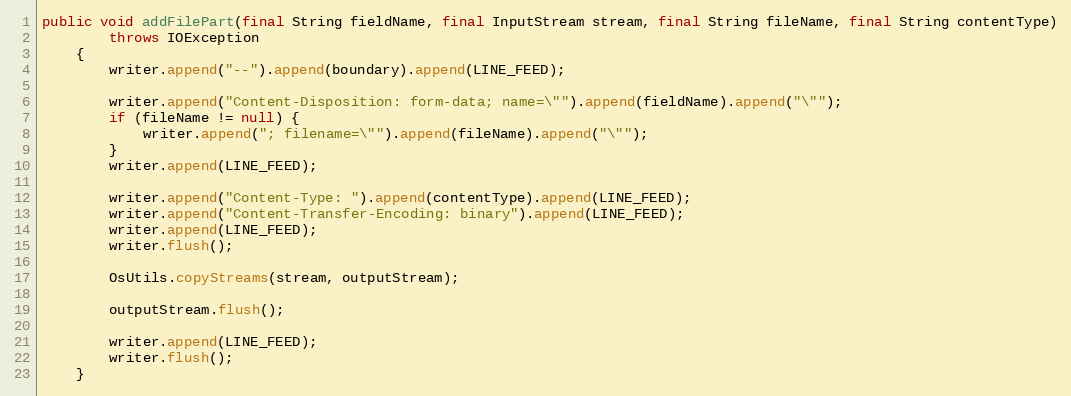
Language: Java
public void addFilePart(final String fieldName, final InputStream stream, final String fileName, final String contentType)
        throws IOException
    {
        writer.append("--").append(boundary).append(LINE_FEED);

        writer.append("Content-Disposition: form-data; name=\"").append(fieldName).append("\"");
        if (fileName != null) {
            writer.append("; filename=\"").append(fileName).append("\"");
        }
        writer.append(LINE_FEED);

        writer.append("Content-Type: ").append(contentType).append(LINE_FEED);
        writer.append("Content-Transfer-Encoding: binary").append(LINE_FEED);
        writer.append(LINE_FEED);
        writer.flush();

        OsUtils.copyStreams(stream, outputStream);

        outputStream.flush();

        writer.append(LINE_FEED);
        writer.flush();
    }